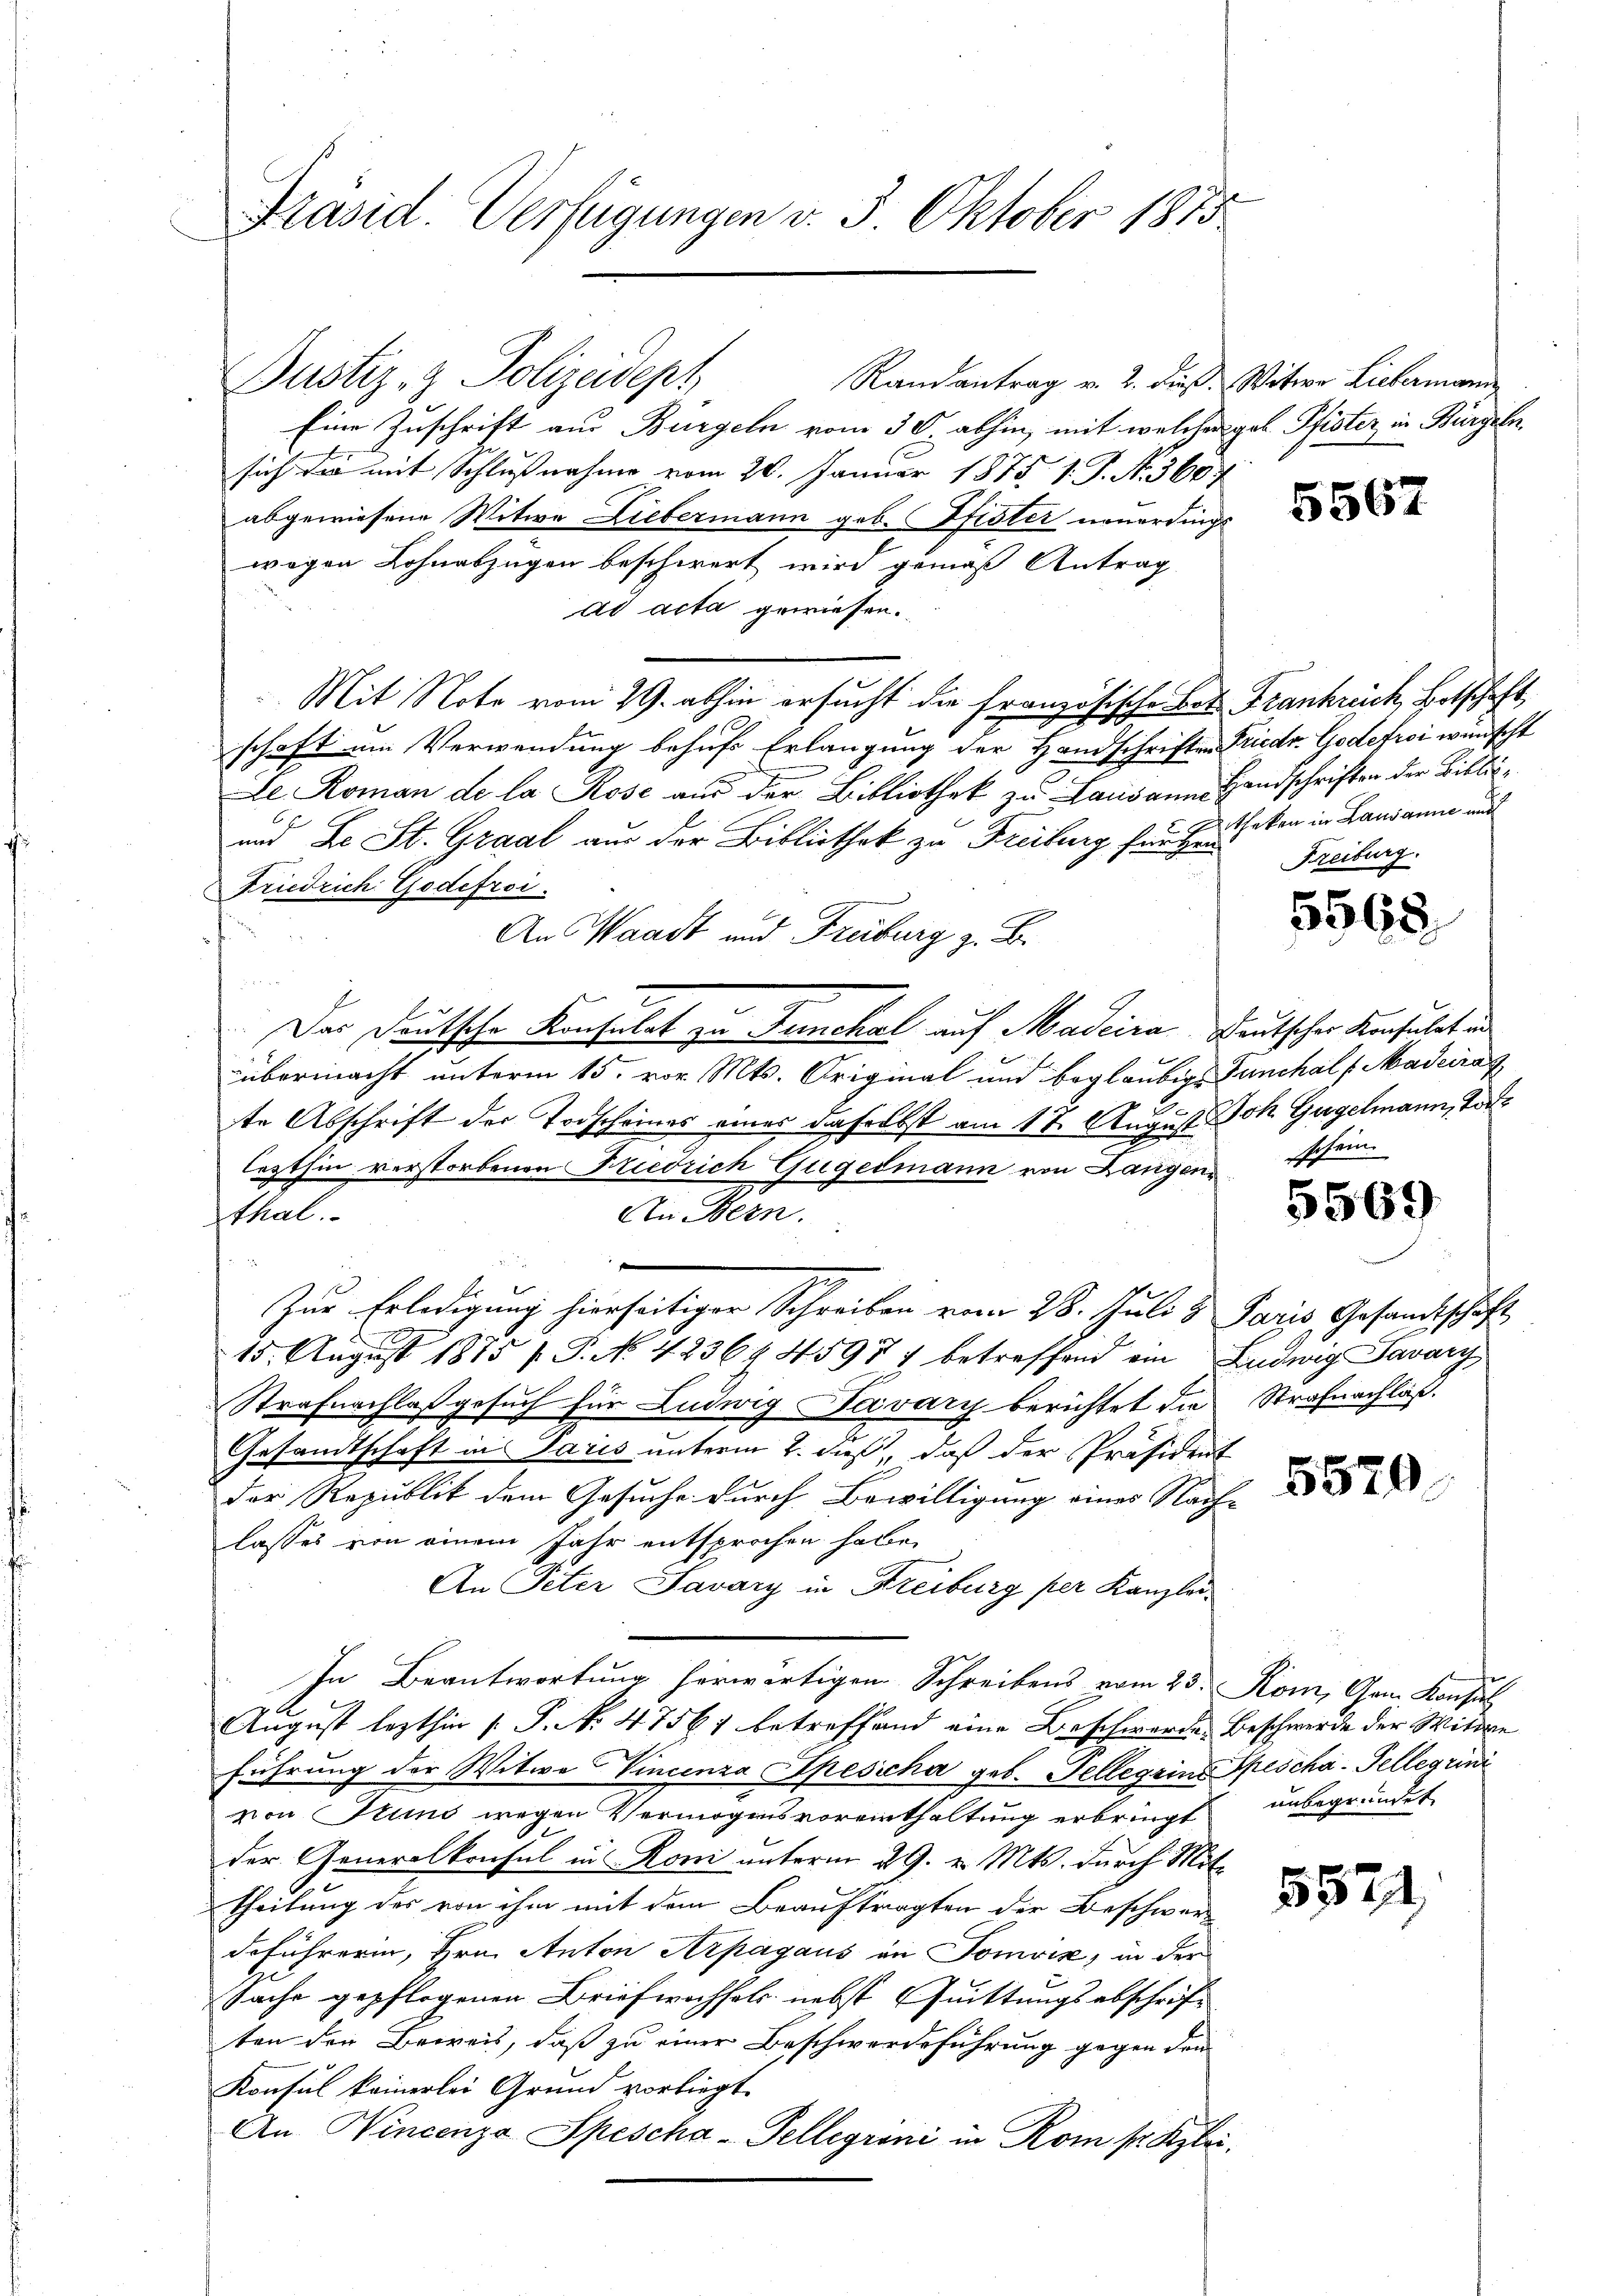
Präsid. Verfügungen v. 5. Oktober 1815

Justiz- & Polizeideph
Randantrag v. 2. dieß. Witwe Liebermani
Eine Zuschrift aus Burgeln vom 30 abhin, mit welcher gab Pfister in Bürgeln
sich die mit Schlußnahme vom 20. Januar 1875. 1. J. No. 360
abgewiesene Witwe Liebermann geb. Pfister neuerdings
wegen Lohnabzügen beschwert wird gemäß Antrag
ad acta gewiesen.
Mit Note vom 29. abhin ersucht die französische Bet Frankreich Botschaft,
schaft um Verwendung behufs Erlangung der Handschriften Friedr. Godefrei wünscht
Le Roman de la Rose aus der Bibliothek zu Lausann Handschriften der Bibli¬
und De St. Graal aus der Bibliothek zu Freiburg für Erken in Lausanne und
Friedrich Godefrei.
An Waadt und Freiburg z. B.
Das Deutsche Konsulat zu Gunchal auf Madcica Deutscher Konsulat und
übermacht unterm 15. vor. Mts. Original und beglaubige Funchalf Maderat
.
te Abschrift der Todscheines eines daselbst am 17. August Joh. Gugelmann, Tor
lezthin verstorbenen Friedrich Gugelmann von Langen
An Bern.
thal.
e
Zur Erledigung hierseitiger Schreiben vom 28. Juli 3 Paris Gesandtschaft
15. August 1885 / P. NNo. 4236. 45971 betreffend ein Ludwig Savary
Strafnachlaß gesuch für Ludwig Savary berichtet die Strafnachlaß.
Gesandtschaft in Paris unterm 2. daß, daß der Präsident
der Republik dem Gesuche durch Bewilligung eines Nach-
lasses von einem Jahr entsprochen habe.
An Peter Savary in Freiburg per Kanzlei¬
In Beantwortung herwärtigen Schreibens vom 23. Kom, Gem. Konsul
August lezthin  P. No 47567 betreffend eine Beschwerde Beschwerde der Wittwe
führung der Witwe Vincenza Apesiche geb. Tellerins Spescha-Tellerini
von Stund wegen Vermögensvoreinthaltung erbringt unbegründet
der Generalkonsul in Roni unterm 29. v. Mts. durch Mittheilung des von ihm mit dem Beauftragten der Beschwer
deführerin, Hrn. Anton Arpagaus an Somvik, in der
Sache gepflogenen Briefwechsels nebst Quittungsabschrift
ten den Beweis, daß zu einer Beschwerdeführung gegen den
Konsul keinerlei Grund vorliegt.
An Wincenza Spescho-Tellegioni in Rom sr. Klei¬

5567

Freiburg.

5568

sschein.

5569

5570

5521